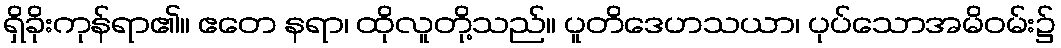
ရှိခိုးကုန်ရာ၏။ ဧတေ နရာ၊ ထိုလူတို့သည်။ ပူတိဒေဟသယာ၊ ပုပ်သောအမိဝမ်း၌